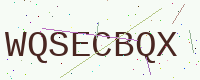
Text: WQSECBQX